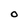
Character: O